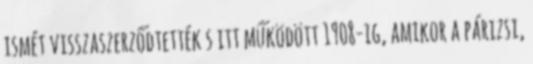
ismét visszaszerződtették s itt működött 1908-ig, amikor a párizsi,